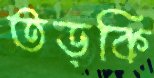
তড়কি